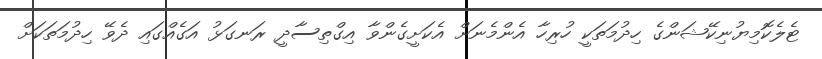
ޓެލެކޮމިޔުނިކޭޝަންގެ ހިދުމަތަކީ ހުރިހާ އެންމެނަށް އެކަށީގެންވާ އިގްތިސާދީ ރަނގަޅު އަގެއްގައި ދެވޭ ހިދުމަތަކަށް